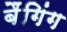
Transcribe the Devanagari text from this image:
बैंगिंग